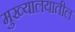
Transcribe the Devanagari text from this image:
मुख्यालयातील